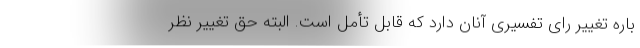
باره تغییر رای تفسیری آنان دارد که قابل تأمل است. البته حق تغییر نظر